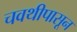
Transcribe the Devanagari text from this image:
चवथीपासून